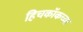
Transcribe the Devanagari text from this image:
हिचकॉकच्या